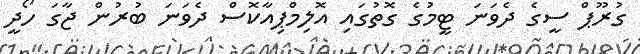
ގުރޫޕް ސީގެ ދެވަނަ ޓީމުގެ ގޮތުގައި އޮލިމްޕިއާކޮސް ދެވަނަ ބުރުން ޖާގަ ހޯދީ